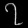
Digit: ၇